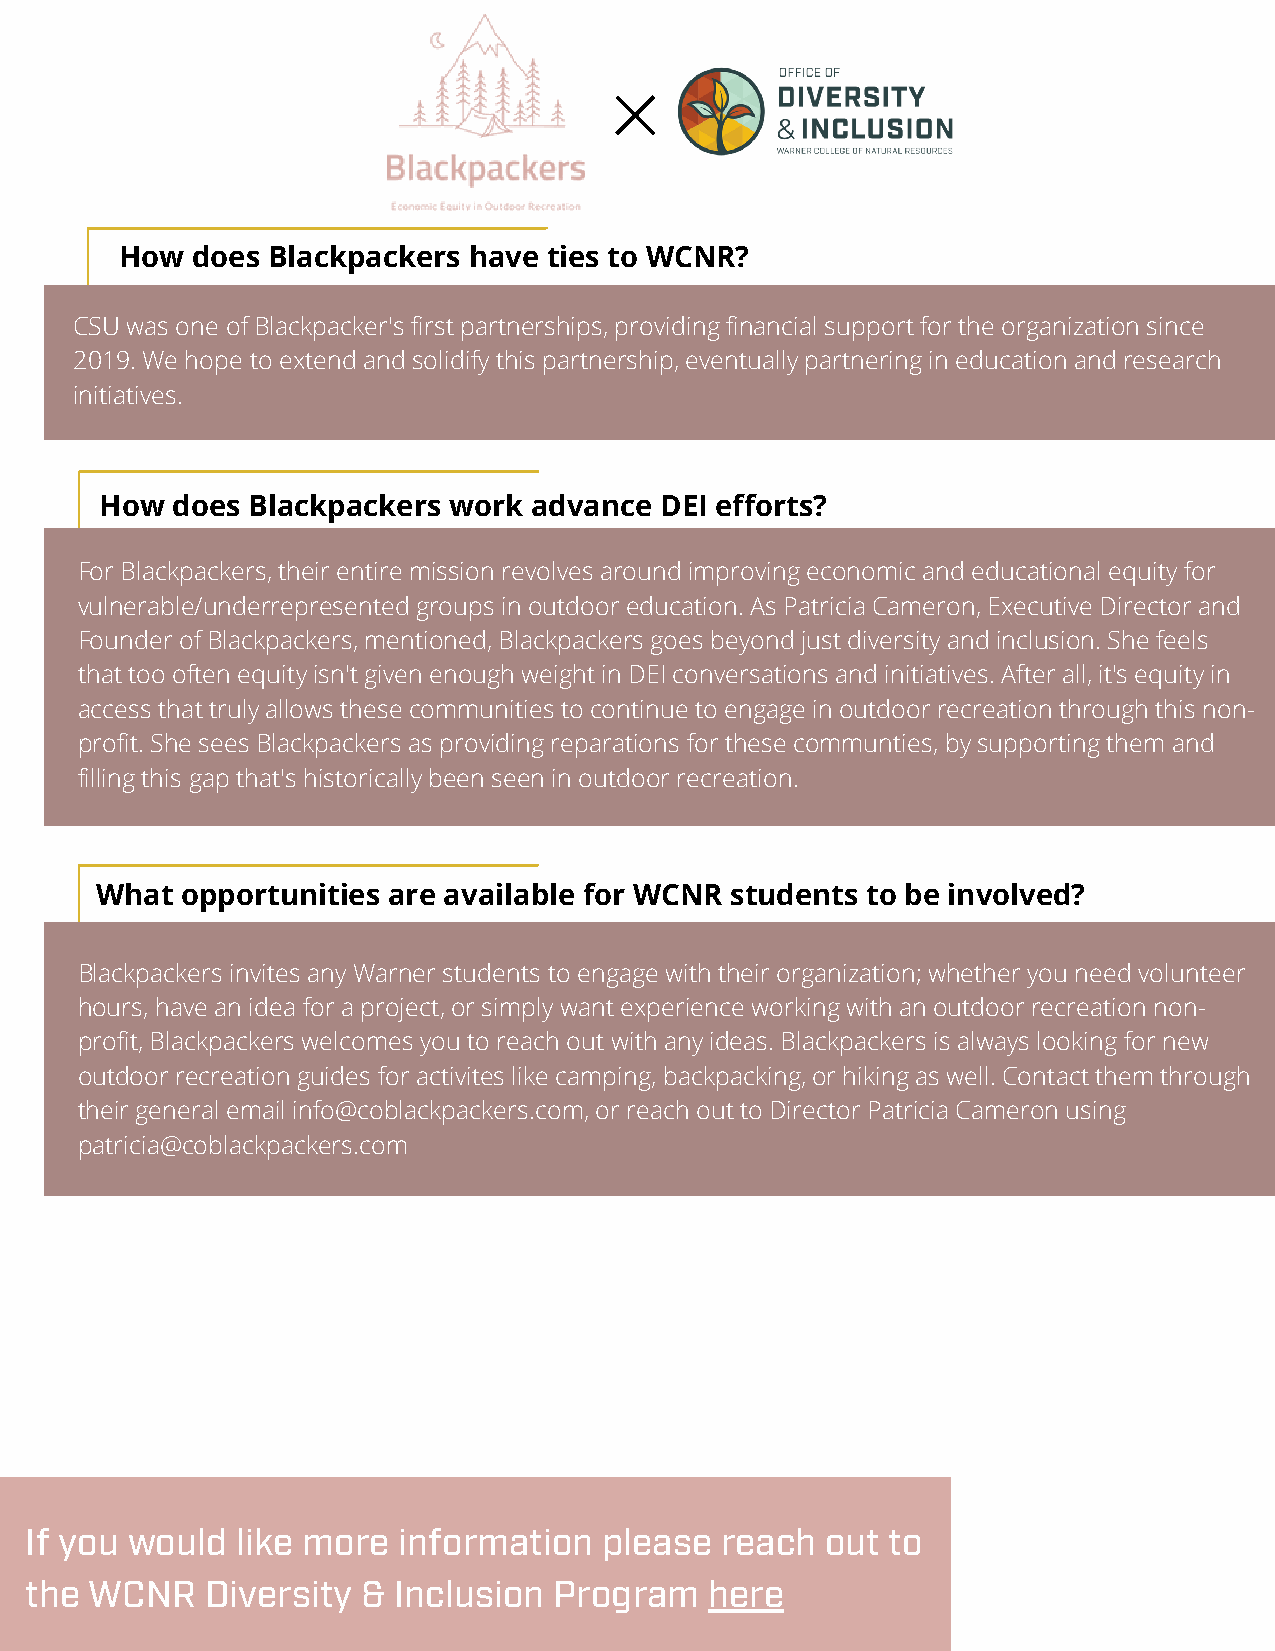
How  does Blackpackers have ties to WCNR?
 CSU was one of Blackpacker's first partnerships, providing financial support for the organization since
 2019. We hope to extend and solidify this partnership, eventually partnering in education and research
 initiatives.
 How does Blackpackers  work advance  DEI efforts?
 For Blackpackers, their entire mission revolves around improving economic and educational equity for
 vulnerable/underrepresented groups in outdoor education. As Patricia Cameron, Executive Director and
 Founder of Blackpackers, mentioned, Blackpackers goes beyond just diversity and inclusion. She feels
 that too often equity isn't given enough weight in DEI conversations and initiatives. After all, it's equity in
 access that truly allows these communities to continue to engage in outdoor recreation through this non-
 profit. She sees Blackpackers as providing reparations for these communties, by supporting them and
 filling this gap that's historically been seen in outdoor recreation.
 What  opportunities are available for WCNR students to be involved?
 Blackpackers invites any Warner students to engage with their organization; whether you need volunteer
 hours, have an idea for a project, or simply want experience working with an outdoor recreation non-
 profit, Blackpackers welcomes you to reach out with any ideas. Blackpackers is always looking for new
 outdoor recreation guides for activites like camping, backpacking, or hiking as well. Contact them through
 their general email info@coblackpackers.com, or reach out to Director Patricia Cameron using
 patricia@coblackpackers.com
 If you would  like more information   please  reach  out to
 the WCNR    Diversity & Inclusion  Program   here